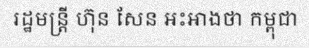
រដ្ឋមន្ត្រី ហ៊ុន សែន អះអាងថា កម្ពុជា